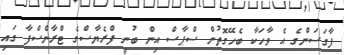
ފާގަސަންގެ އެ ވާހަކާ ބެހޭގޮތުން ސްޕާސް އިން ބުނީ ފްރެޔާސްގެ ޓްރާންސްފާ ގައި